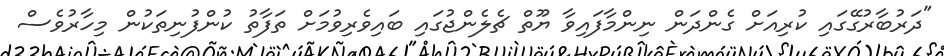
"ދަރުބާރުގޭގައި ކުރިއަށް ގެންދަން ނިންމާފައިވާ ޔޫތް ޗެލެންޖުގައި ބައިވެރިވުމަށް ތަފާތު ކުންފުނިތަކުން މިހާރުވެސް